Report of the Imperial Institute of Veterinary Research, Muktesar
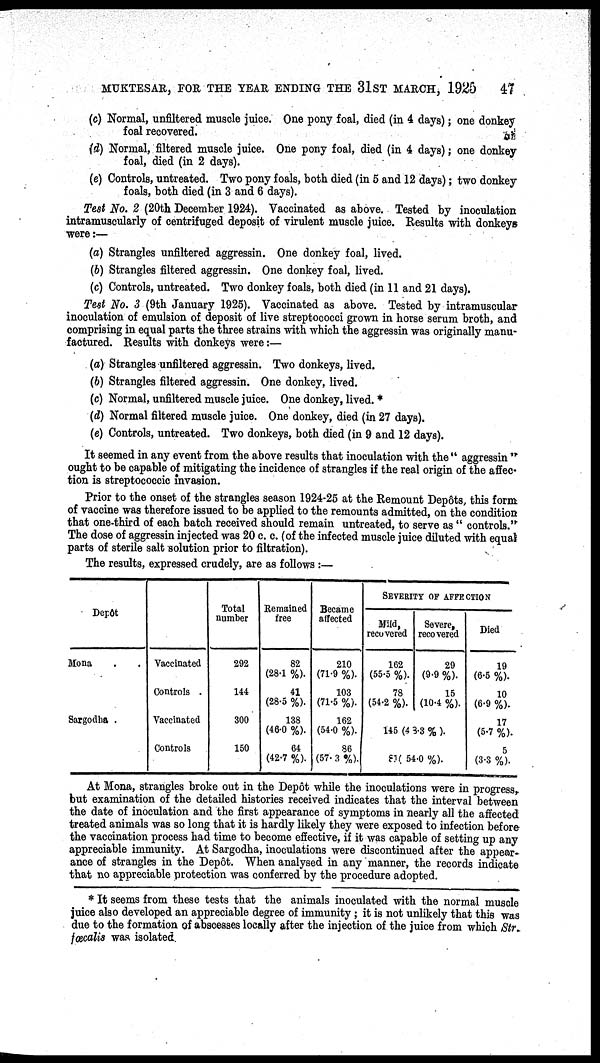
MUKTESAR, FOR THE YEAR ENDING THE 31ST MARCH, 1925
47
(c) Normal, unfiltered muscle juice. One pony foal, died (in 4 days); one donkey
foal recovered.
(d) Normal, filtered muscle juice. One pony foal, died (in 4 days); one donkey
foal, died (in 2 days).
(e) Controls, untreated. Two pony foals, both died (in 5 and 12 days); two donkey
foals, both died (in 3 and 6 days).
Test No. 2 (20th December 1924). Vaccinated as above. Tested by inoculation
intramuscularly of centrifuged deposit of virulent muscle juice. Results with donkeys
were:—
(a) Strangles unfiltered aggressin. One donkey foal, lived.
(b) Strangles filtered aggressin. One donkey foal, lived.
(c) Controls, untreated. Two donkey foals, both died (in 11 and 21 days).
Test No. 3 (9th January 1925). Vaccinated as above. Tested by intramuscular
inoculation of emulsion of deposit of live streptococci grown in horse serum broth, and
comprising in equal parts the three strains with which the aggressin was originally manu-
factured. Results with donkeys were:—
(a) Strangles unfiltered aggressin. Two donkeys, lived.
(b) Strangles filtered aggressin. One donkey, lived.
(c) Normal, unfiltered muscle juice. One donkey, lived. *
(d) Normal filtered muscle juice. One donkey, died (in 27 days).
(e) Controls, untreated. Two donkeys, both died (in 9 and 12 days).
It seemed in any event from the above results that inoculation with the " aggressin "
ought to be capable of mitigating the incidence of strangles if the real origin of the affec-
tion is streptococcic invasion.
Prior to the onset of the strangles season 1924-25 at the Remount Depôts, this form
of vaccine was therefore issued to be applied to the remounts admitted, on the condition
that one-third of each batch received should remain untreated, to serve as " controls."'
The dose of aggressin injected was 20 c. c. (of the infected muscle juice diluted with equal
parts of sterile salt solution prior to filtration).
The results, expressed crudely, are as follows :—
Depôt
Mona
Sargodba .
Vaccinated
Controls .
Vaccinated
Controls
Total
number
292
144
300
150
Remained
free
82
(28.1 %).
41
(28.5 %).
138
(46.0 %).
64
(42.7 %).
Became
affected
210
(71.9 %).
103
(71.5 %).
162
(54.0 %).
86
(57.3 %).
SEVERITY OF AFFECTION
Mild,
recovered
162
(55.5 %).
78
(54.2 %).
Severe,
recovered
29
(9.9 %)
15
(10.4 %).
145 (48.3 % ).
81( 54.0 %) .
Died
19
(6.5 %).
10
(6.9 %).
17
(5.7 %).
5
(3.3 %).
At Mona, strangles broke out in the Depôt while the inoculations were in progress,
but examination of the detailed histories received indicates that the interval between
the date of inoculation and the first appearance of symptoms in nearly all the affected
treated animals was so long that it is hardly likely they were exposed to infection before
the vaccination process had time to become effective, if it was capable of setting up any
appreciable immunity. At Sargodha, inoculations were discontinued after the appear-
ance of strangles in the Depôt. When analysed in any manner, the records indicate
that no appreciable protection was conferred by the procedure adopted.
* It seems from these tests that the animals inoculated with the normal muscle
juice also developed an appreciable degree of immunity; it is not unlikely that this was
due to the formation of abscesses locally after the injection of the juice from which Str.
fæcalis was isolated.